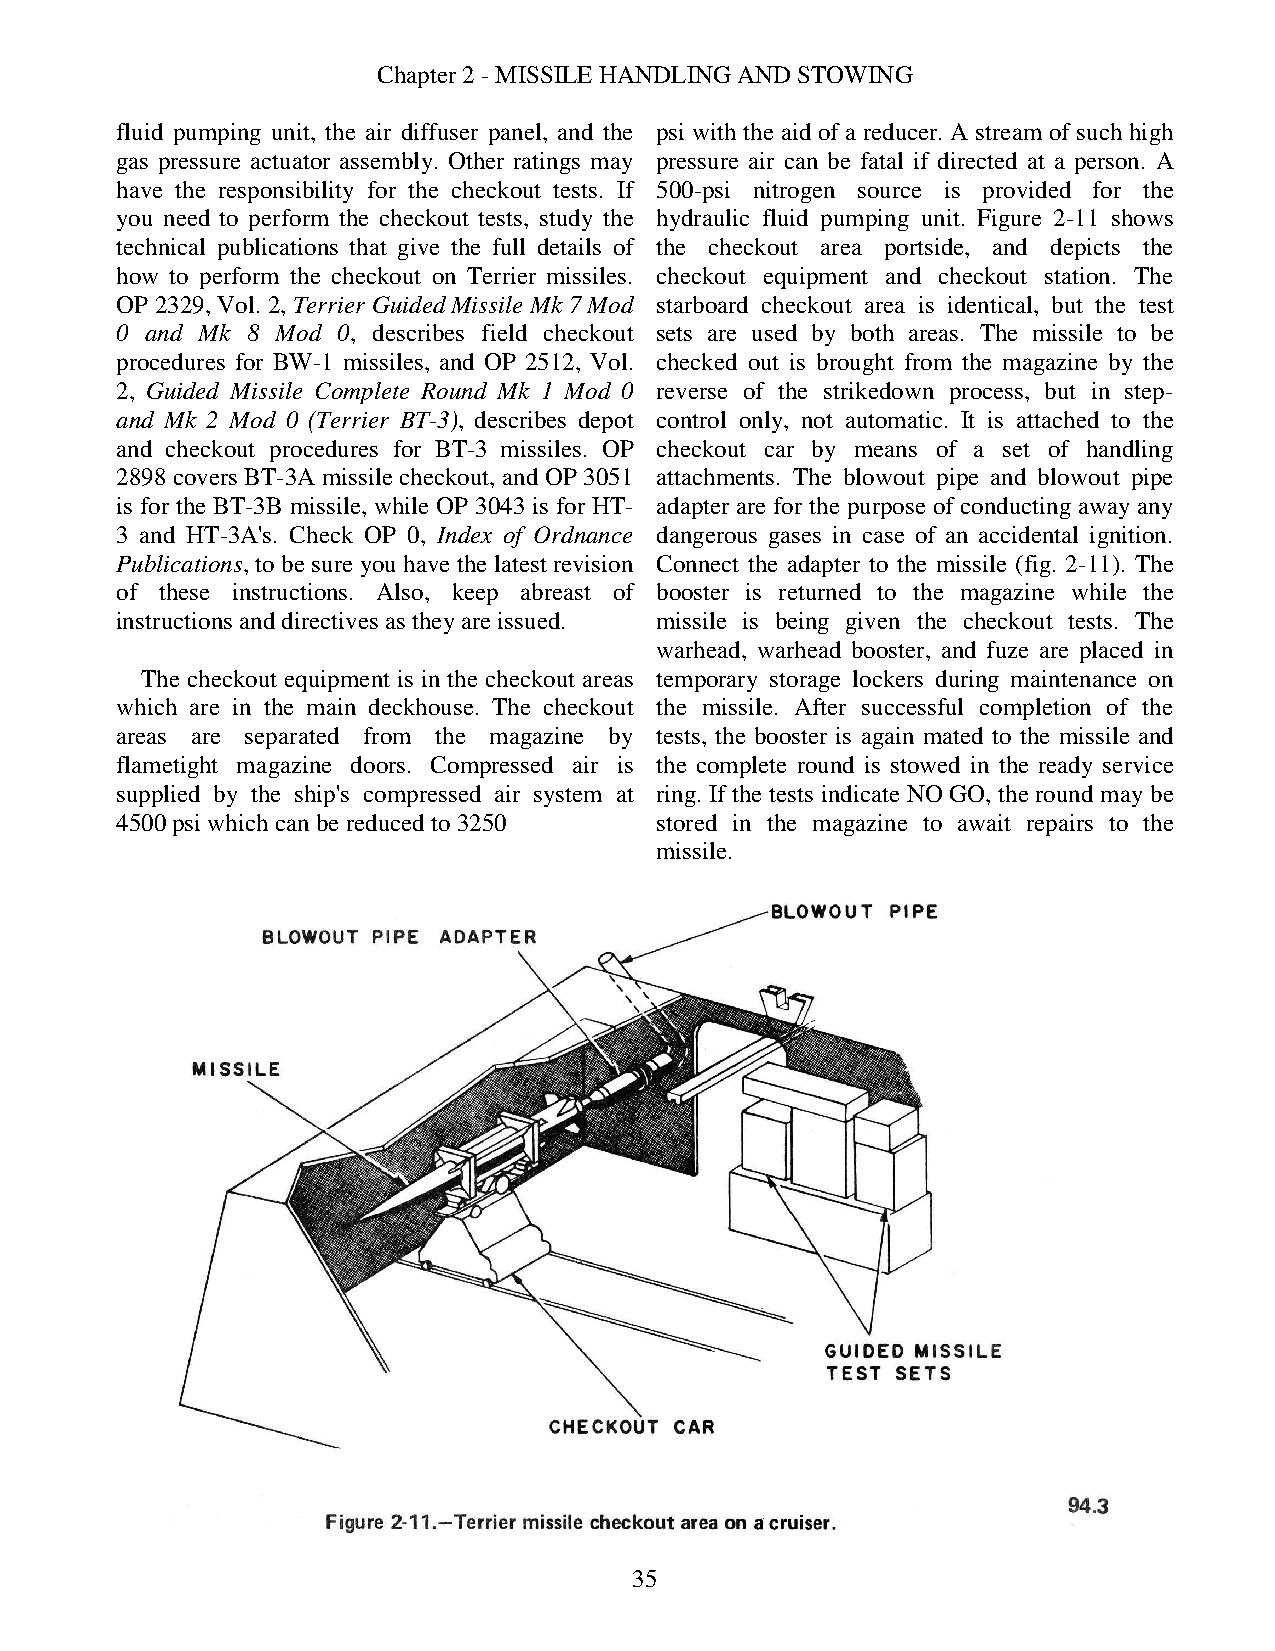
Chapter 2 - MISSILE HANDLING AND STOWING
 fluid pumping unit, the air diffuser panel, and the psi with the aid of a reducer. A stream of such high
 gas pressure actuator assembly. Other ratings may pressure air can be fatal if directed at a person. A
 have the responsibility for the checkout tests. If 500-psi nitrogen source is provided for the
 you need to perform the checkout tests, study the hydraulic fluid pumping unit. Figure 2-11 shows
 technical publications that give the full details of the checkout area portside, and depicts the
 how to perform the checkout on Terrier missiles. checkout equipment and checkout station. The
 OP 2329, Vol. 2, Terrier Guided Missile Mk 7 Mod starboard checkout area is identical, but the test
 0 and Mk 8 Mod 0, describes field checkout sets are used by both areas. The missile to be
 procedures for BW-1 missiles, and OP 2512, Vol. checked out is brought from the magazine by the
 2, Guided Missile Complete Round Mk 1 Mod 0 reverse of the strikedown process, but in step-
 and Mk 2 Mod 0 (Terrier BT-3), describes depot control only, not automatic. It is attached to the
 and checkout procedures for BT-3 missiles. OP checkout car by means of a set of handling
 2898 covers BT-3A missile checkout, and OP 3051 attachments. The blowout pipe and blowout pipe
 is for the BT-3B missile, while OP 3043 is for HT- adapter are for the purpose of conducting away any
 3 and HT-3A's. Check OP 0, Index of Ordnance dangerous gases in case of an accidental ignition.
 Publications, to be sure you have the latest revision Connect the adapter to the missile (fig. 2-11). The
 of these instructions. Also, keep abreast of booster is returned to the magazine while the
 instructions and directives as they are issued. missile is being given the checkout tests. The
 warhead, warhead booster, and fuze are placed in
 The checkout equipment is in the checkout areas temporary storage lockers during maintenance on
 which are in the main deckhouse. The checkout the missile. After successful completion of the
 areas are separated from the magazine by tests, the booster is again mated to the missile and
 flametight magazine doors. Compressed air is the complete round is stowed in the ready service
 supplied by the ship's compressed air system at ring. If the tests indicate NO GO, the round may be
 4500 psi which can be reduced to 3250 stored in the magazine to await repairs to the
 missile.
 35